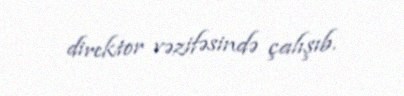
direktor vəzifəsində çalışıb.